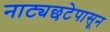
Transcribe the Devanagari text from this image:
नाट्यछटेपासून